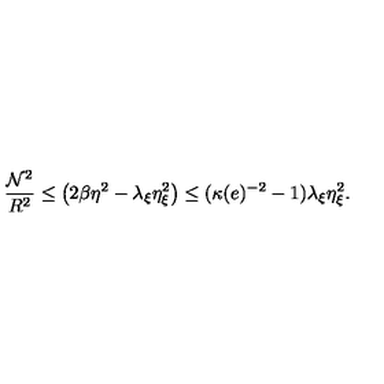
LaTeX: \frac { { \cal N } ^ { 2 } } { R ^ { 2 } } \leq \left( 2 \beta \eta ^ { 2 } - \lambda _ { \xi } \eta _ { \xi } ^ { 2 } \right) \leq ( \kappa ( e ) ^ { - 2 } - 1 ) \lambda _ { \xi } \eta _ { \xi } ^ { 2 } .